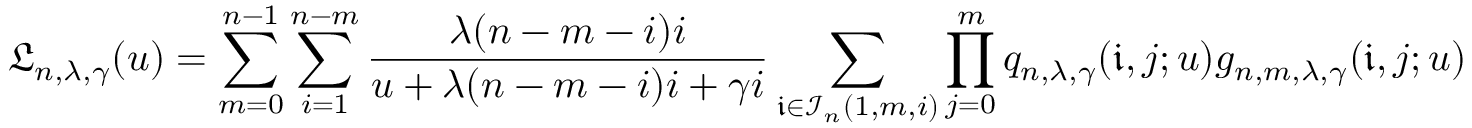
\mathfrak { L } _ { n , \lambda , \gamma } ( u ) = \sum _ { m = 0 } ^ { n - 1 } \sum _ { i = 1 } ^ { n - m } \frac { \lambda ( n - m - i ) i } { u + \lambda ( n - m - i ) i + \gamma i } \sum _ { \mathfrak { i } \in \mathcal { I } _ { n } ( 1 , m , i ) } \prod _ { j = 0 } ^ { m } q _ { n , \lambda , \gamma } ( \mathfrak { i } , j ; u ) g _ { n , m , \lambda , \gamma } ( \mathfrak { i } , j ; u )